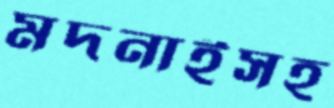
মদনাইসহ